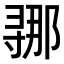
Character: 𫴲